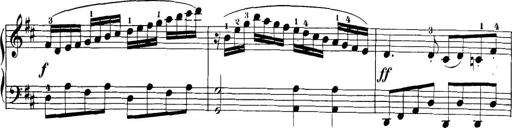
Title: 32 Sonatinas and Rondos for the Piano
Composer: Richard Kleinmichel